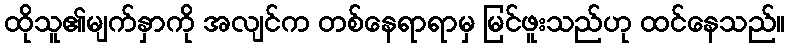
ထိုသူ၏မျက်နှာကို အလျင်က တစ်နေရာရာမှ မြင်ဖူးသည်ဟု ထင်နေသည်။